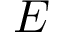
E